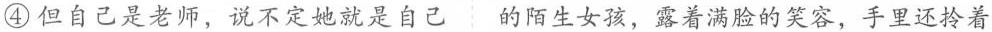
④但自己是老师，说不定她就是自己的陌生女孩，露着满脸的笑容，手里还拎着